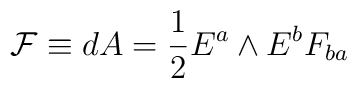
{\cal F} \equiv dA = {1 \over 2} E^a \wedge E^b F_{ba}